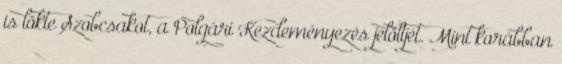
is lökte Szobcsakot, a Polgári Kezdeményezés jelöltjét. Mint korábban